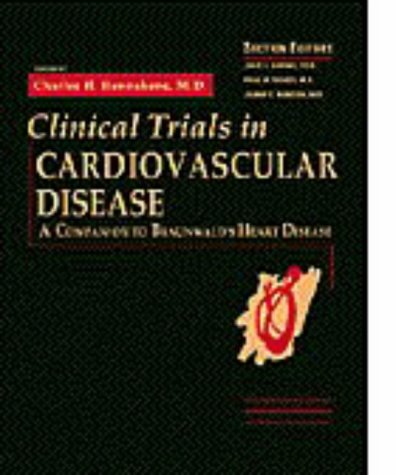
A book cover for Clinical Trials in Cardiovascular Disease: A Companion to Braunwald's Heart Disease, 1e; Medical Books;